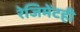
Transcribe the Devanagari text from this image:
रेजिमेंटही